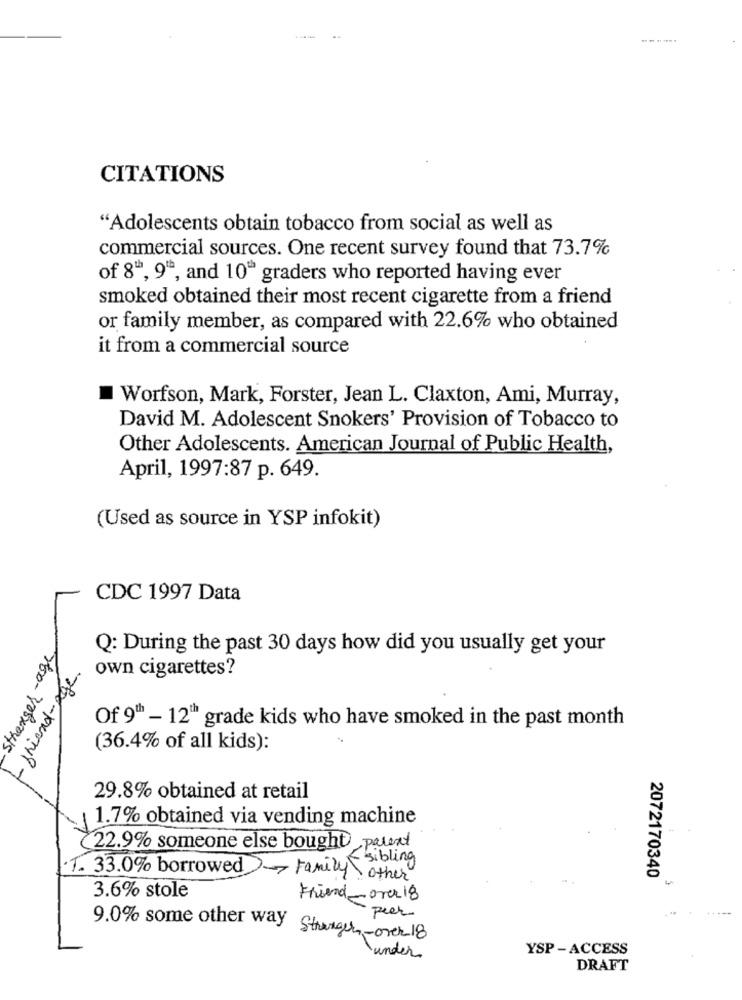
CITATIONS
"Adolescents obtain tobacco from social as well as
commercial sources. One recent survey found that 73.7%
of 8, 9", and 10" graders who reported having ever
smoked obtained their most recent cigarette from a friend
or family member, as compared with 22.6% who obtained
it from a commercial source
Worfson, Mark, Forster, Jean L. Claxton, Ami, Murray,
David M. Adolescent Snokers' Provision of Tobacco to
Other Adolescents. American Journal of Public Health,
April, 1997:87 p. 649.
(Used as source in YSP infokit)
CDC 1997 Data
Stranger-age
Q: During the past 30 days how did you usually get your
- friend-age.
own cigarettes?
Of 9"h - 12" grade kids who have smoked in the past month
(36.4% of all kids):
29.8% obtained at retail
1.7% obtained via vending machine
(22.9% someone else bought) parent
uf sibling
1. 33.0% borrowed Family
other
2072170340
3.6% stole
Friend- over 18
peer
9.0% some other way Stranger ,- over 18
YSP-ACCESS
under
DRAFT